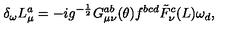
\delta _ { \omega } L _ { \mu } ^ { a } = - i g ^ { - \frac { 1 } { 2 } } G _ { \mu \nu } ^ { a b } ( \theta ) f ^ { b c d } { \tilde { F } } _ { \nu } ^ { c } ( L ) \omega _ { d } ,